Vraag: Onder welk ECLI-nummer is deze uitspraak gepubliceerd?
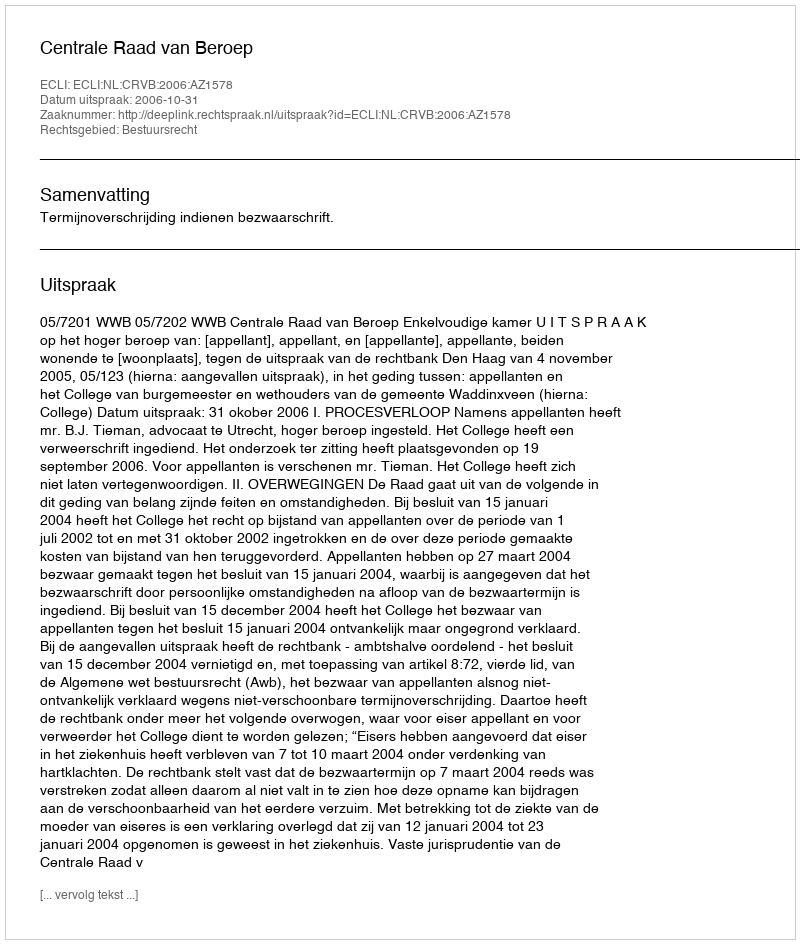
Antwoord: ECLI:NL:CRVB:2006:AZ1578